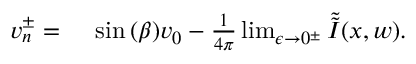
\begin{array} { r l } { v _ { n } ^ { \pm } = { } } & { { } \sin { ( \beta ) } v _ { 0 } - \frac { 1 } { 4 \pi } \operatorname* { l i m } _ { \epsilon \to 0 ^ { \pm } } \Tilde { \Tilde { I } } ( x , w ) . } \end{array}